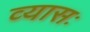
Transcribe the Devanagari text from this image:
व्यासः